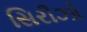
સિરીઝો